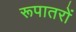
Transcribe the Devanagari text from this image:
रूपातरों